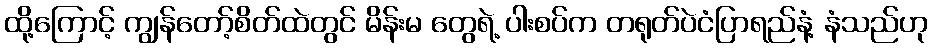
ထို့ကြောင့် ကျွန်တော့်စိတ်ထဲတွင် မိန်းမ တွေရဲ့ ပါးစပ်က တရုတ်ပဲငံပြာရည်နံ့ နံသည်ဟု